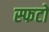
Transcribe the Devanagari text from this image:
स्फटों